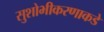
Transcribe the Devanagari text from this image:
सुशोभीकरणाकडे